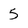
Character: 5